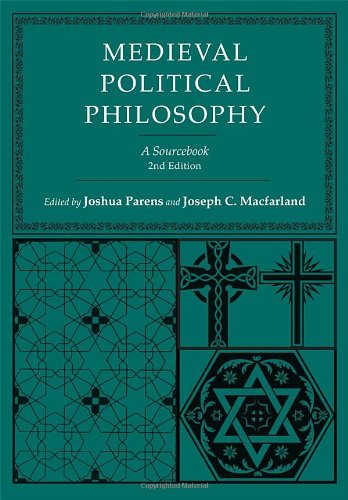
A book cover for Medieval Political Philosophy: A Sourcebook (Agora Editions); Politics & Social Sciences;